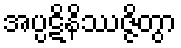
အပ္ပဋိနိဿဇ္ဇိတွာ